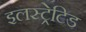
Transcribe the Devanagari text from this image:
इलस्ट्रेटिड